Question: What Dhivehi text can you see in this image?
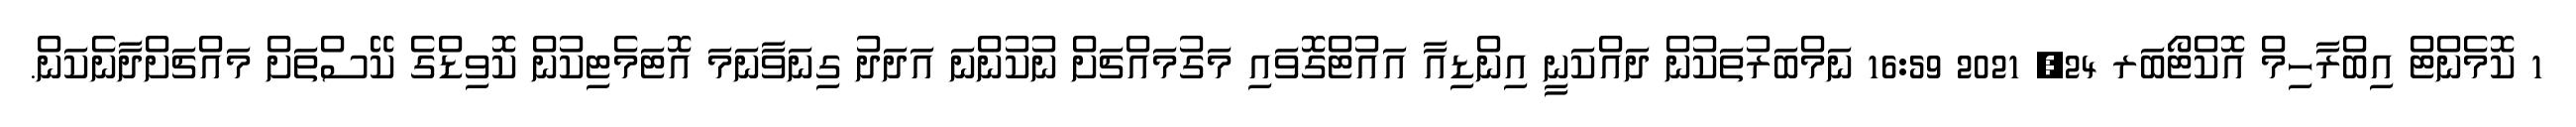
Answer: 1 ކޮމެންޓް އިބްރާހިމް އޮކްޓޯބަރ 24, 2021 16:59 ނަމްބަރުތަކުން ދައްކަނީ އިންޑިއާ އައުޓްގޮވައި މަގުމައްޗަށް ނުކުންނަ އަދަދު ގިނަވާނަމަ އޮޓަމެޓިކުން ކޮވިޑްގެ ކޭސްތަށް މައްޗަށްދާނެކަން.